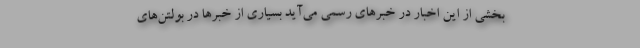
بخشی از این اخبار در خبرهای رسمی می‌آید بسیاری از خبرها در بولتن‌های